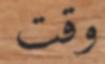
وقت